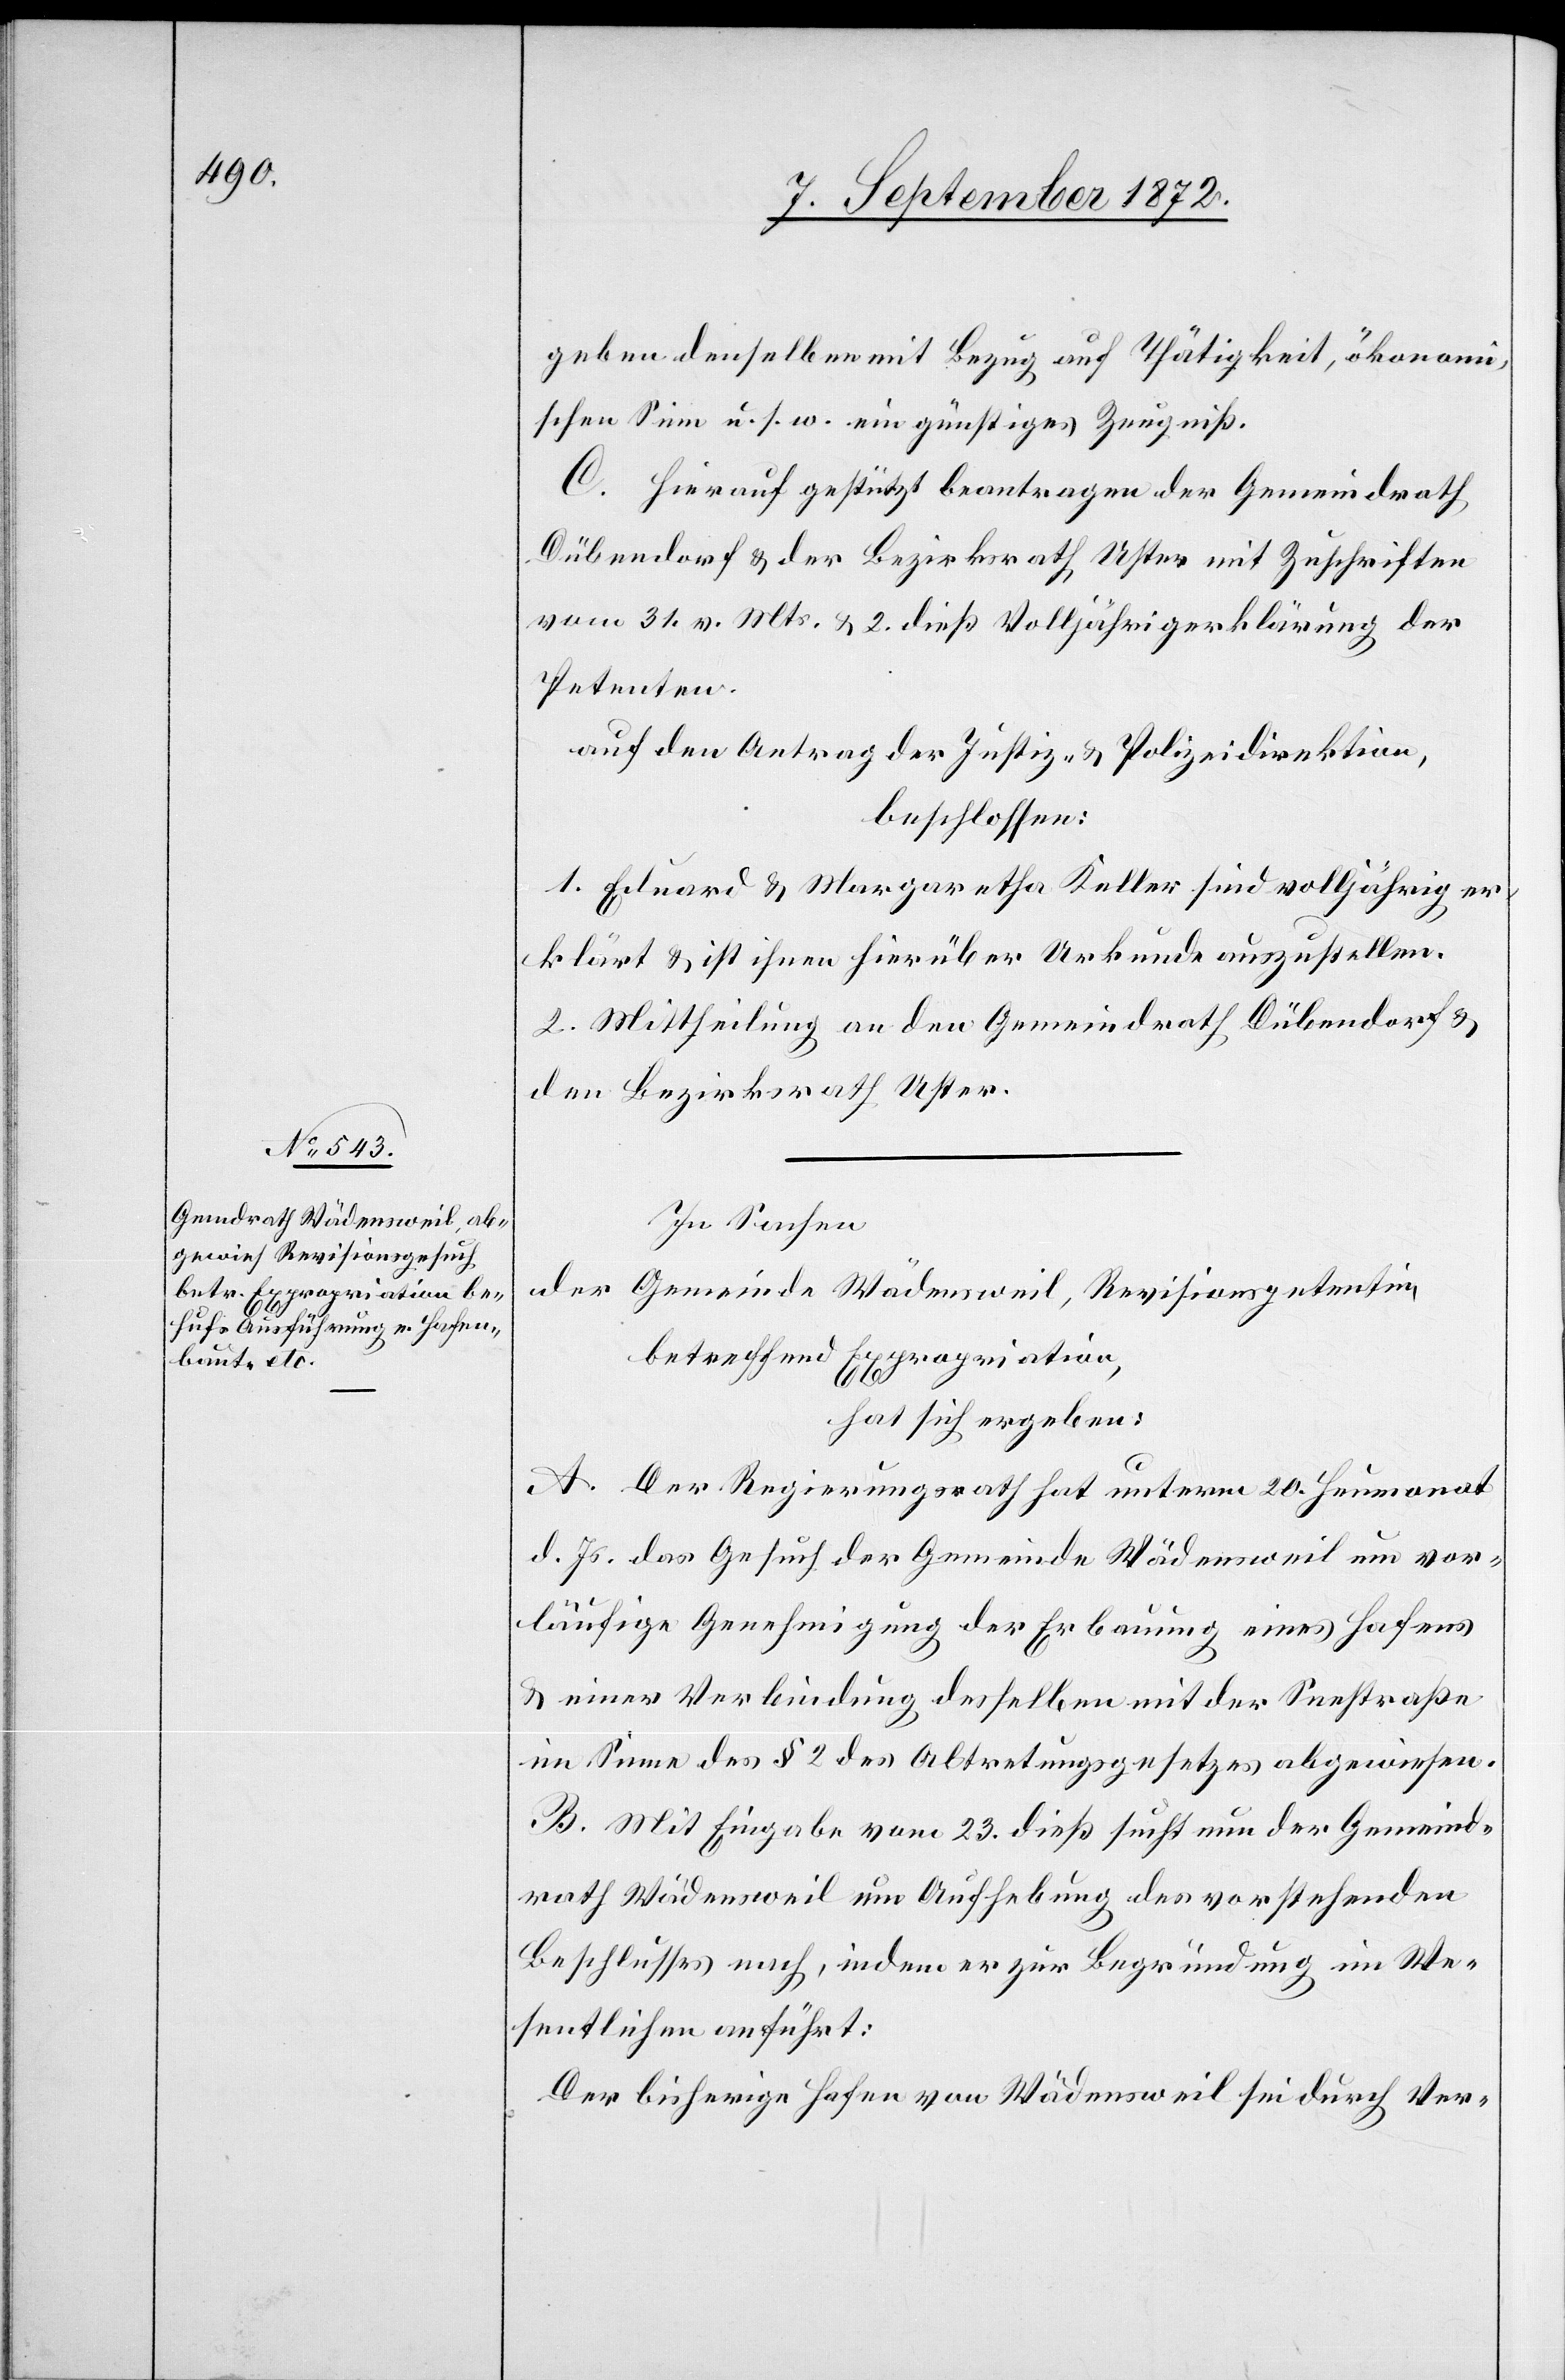
geben denselben mit Bezug auf Thätigkeit, ökonomi¬
schen Sinn u. s. w. ein günstiges Zeugniß.
C. Hierauf gestützt beantragen der Gemeindrath
Dübendorf u. der Bezirksrath Uster mit Zuschriften
vom 31. v. Mts. u. 2. dieß Volljährigerklärung der
Petenten.
auf den Antrag der Justiz- u. Polizeidirektion,
beschlossen:
1. Eduard u. Margaretha Keller sind volljährig er¬
klärt u. ist ihnen hierüber Urkunde auszustellen.
2. Mittheilung an den Gemeindrath Dübendorf u.
den Bezirksrath Uster.
In Sachen
der Gemeinde Wädensweil, Revisionspetentin,
betreffend Expropriation,
hat sich ergeben:
A. Der Regierungsrath hat unterm 20. Heumonat
d. Js. das Gesuch der Gemeinde Wädensweil um vor¬
läufige Genehmigung der Erbauung eines Hafens
u. einer Verbindung desselben mit der Seestraße
im Sinne des § 2 des Abtretungsgesetzes abgewiesen.
B. Mit Eingabe vom 23. dieß sucht nun der Gemeind¬
rath Wädensweil um Aufhebung des vorstehenden
Beschlusses nach, indem er zur Begründung im We¬
sentlichen anführt:
Der bisherige Hafen von Wädensweil sei durch Ver-